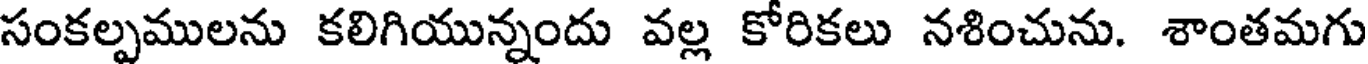
సంకల్పములను కలిగియున్నందు వల్ల కోరికలు నశించును. శాంతమగు